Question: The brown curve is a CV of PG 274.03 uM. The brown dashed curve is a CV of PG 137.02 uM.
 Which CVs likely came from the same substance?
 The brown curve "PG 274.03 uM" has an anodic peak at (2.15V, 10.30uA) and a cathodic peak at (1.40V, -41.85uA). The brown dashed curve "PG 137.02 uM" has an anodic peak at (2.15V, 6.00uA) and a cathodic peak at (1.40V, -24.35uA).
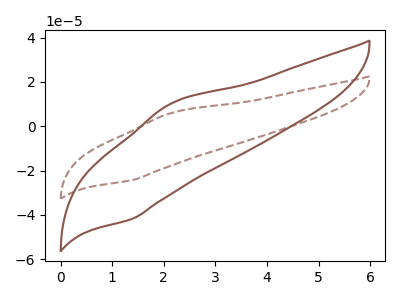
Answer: <think>All the peaks in "PG 274.03 uM" have a peak in "PG 137.02 uM" at the same potential. Every peak in "PG 274.03 uM" is higher than every peak in "PG 137.02 uM".
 </think>
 <answer>"PG 274.03 uM" and "PG 137.02 uM" have the same shape and are likely CV's of the same chemical.</answer>
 <eval>"PG 274.03 uM" "PG 137.02 uM"</eval>